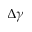
\Delta \gamma